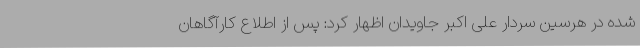
شده در هرسین سردار علی اکبر جاویدان اظهار کرد: پس از اطلاع کارآگاهان